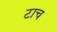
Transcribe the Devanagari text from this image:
टाच